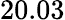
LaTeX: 20.03